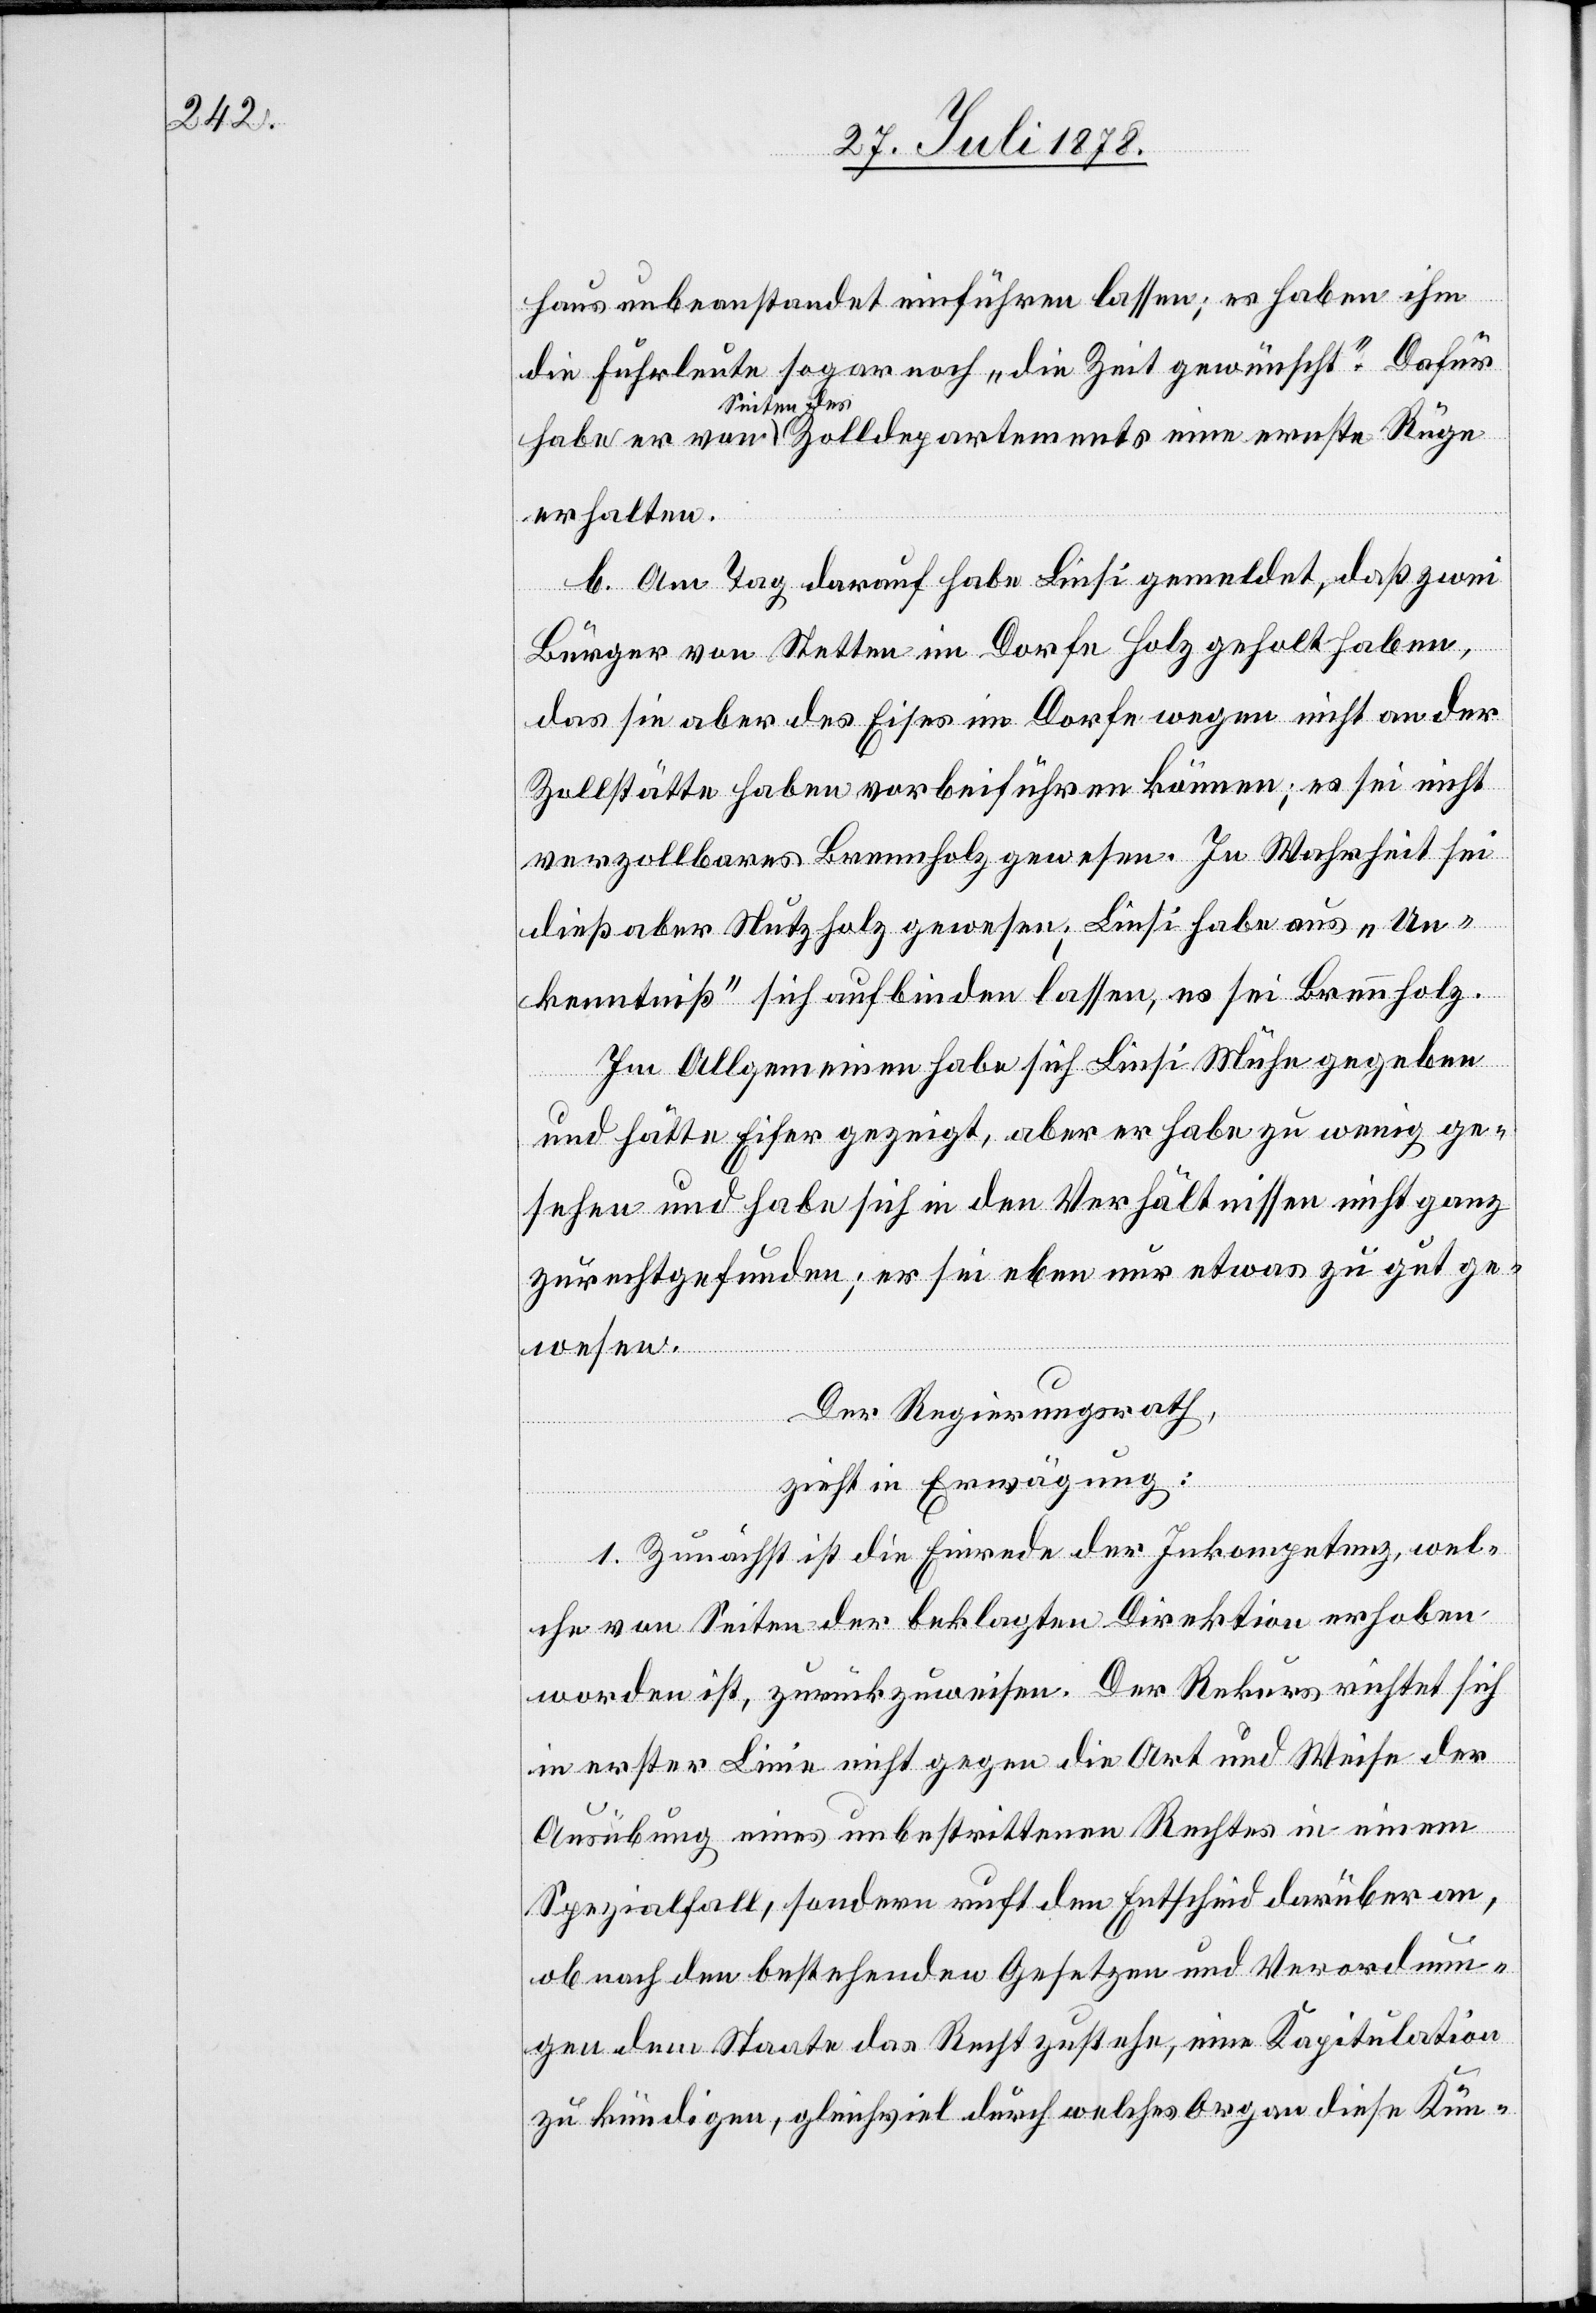
haus unbeanstandet einführen lassen; es haben ihm
die Fuhrleute sogar noch „die Zeit gewünscht“. Dafür
Seiten des
erhalten.
b. Am Tag darauf habe Liesi gemeldet, daß zwei
eine
Bürger von Stetten im Dorfe Holz geholt haben,
das sie aber des Eises im Dorfe wegen nicht an der
Zollstätte haben vorbeiführen können; es sei nicht
verzollbares Brennholz gewesen. In Wahrheit sei
dieß aber Nutzholz gewesen; Liesi habe aus „Un¬
kenntniß“ sich aufbinden lassen, es sei Brennholz.
Im Allgemeinen habe sich Liesi Mühe gegeben
und hätte Eifer gezeigt, aber er habe zu wenig ge¬
sehen und habe sich in den Verhältnissen nicht ganz
zurechtgefunden; er sei eben nur etwas zu gut ge¬
wesen.
Der Regierungsrath,
zieht in Erwägung:
1. Zunächst ist die Einrede der Inkompetenz, wel¬
che von Seiten der beklagten Direktion erhoben
worden ist, zurückgewiesen. Der Rekurs richtet sich
in erster Linie nicht gegen die Art und Weise der
Ausübung eines unbestrittenen Rechtes in einem
Spezialfall, sondern ruft den Entscheid darüber an,
ob nach dem bestehenden Gesetzen und Verordnun¬
gen dem Staate das Recht zustehe, eine Kapitulation
zu kündigen, gleichviel durch welches Organ diese Kün-